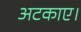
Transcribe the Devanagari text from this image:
अटकाए।